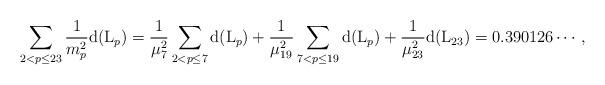
LaTeX: \begin{align*}\sum_{2< p\le 23} \frac{1}{m_p^2} {\rm d}({\rm L}_{p}) & = \frac{1}{\mu_7^2}\sum_{2< p\le 7}{\rm d}({\rm L}_{p}) + \frac{1}{\mu_{19}^2}\sum_{7< p\le 19}{\rm d}({\rm L}_{p}) + \frac{1}{\mu_{23}^2} {\rm d}({\rm L}_{23}) = 0.390126\cdots,\end{align*}